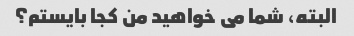
البته، شما می خواهید من کجا بایستم؟